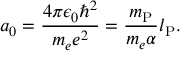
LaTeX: a _ { 0 } = { \frac { 4 \pi \epsilon _ { 0 } \hbar ^ { 2 } } { m _ { e } e ^ { 2 } } } = { \frac { m _ { \mathrm { P } } } { m _ { e } \alpha } } l _ { \mathrm { P } } .